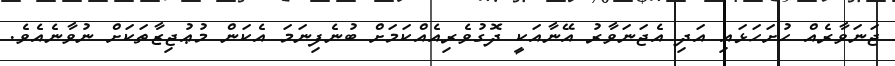
ޖަނަވާރެއް ހުށަހަޅައި އަދި އެޖަނަވާރު އޭނާއަކީ ދޮގުވެރިއެއްކަމަށް ބުނެފިނަމަ އެކަން މުޢުޖިޒާތަކަށް ނުވާނެއެވެ.